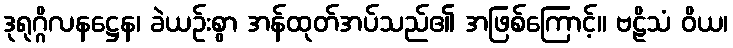
ဒုရုဂ္ဂိလနဋ္ဌေန၊ ခဲယဉ်းစွာ အန်ထုတ်အပ်သည်၏ အဖြစ်ကြောင့်။ ဗဠိသံ ဝိယ၊